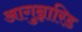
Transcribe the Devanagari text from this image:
आगुन्नारिड